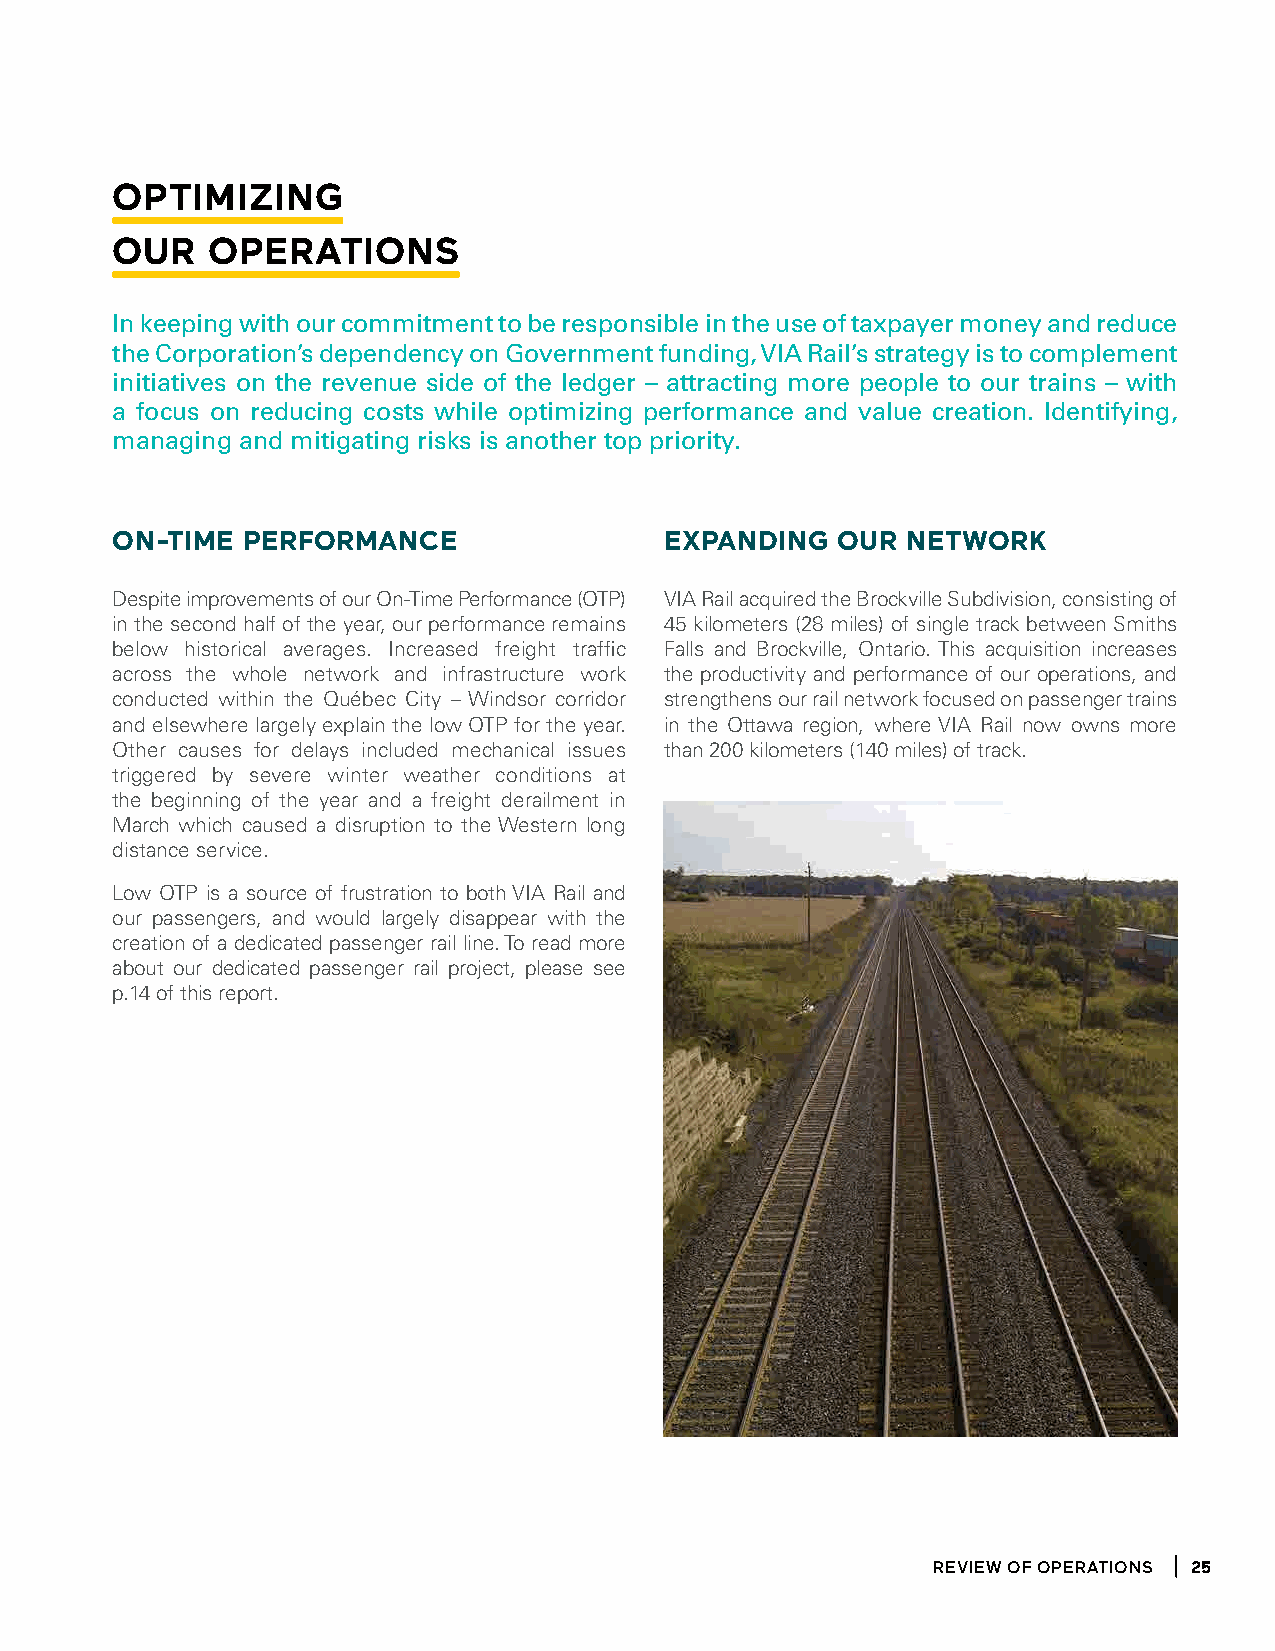
optimiZing
 our    operations
 In keeping with our commitment to be responsible in the use of taxpayer money and reduce
 the Corporation’s dependency on Government funding, VIA Rail’s strategy is to complement
 initiatives on the revenue side of the ledger – attracting more people to our trains – with
 a focus on reducing costs while optimizing performance and value creation. Identifying,
 managing and mitigating risks is another top priority.
 on-time  performanCe                 eXpanding  our  networK
 Despite improvements of our On-Time Performance (OTP) VIA Rail acquired the Brockville Subdivision, consisting of
 in the second half of the year, our performance remains 45 kilometers (28 miles) of single track between Smiths
 below historical averages. Increased freight traffic Falls and Brockville, Ontario. This acquisition increases
 across the whole network and infrastructure work the productivity and performance of our operations, and
 conducted within the Québec City – Windsor corridor strengthens our rail network focused on passenger trains
 and elsewhere largely explain the low OTP for the year. in the Ottawa region, where VIA Rail now owns more
 Other causes for delays included mechanical issues than 200 kilometers (140 miles) of track.
 triggered by severe winter weather conditions at
 the beginning of the year and a freight derailment in
 March which caused a disruption to the Western long
 distance service.
 Low OTP is a source of frustration to both VIA Rail and
 our passengers, and would largely disappear with the
 creation of a dedicated passenger rail line. To read more
 about our dedicated passenger rail project, please see
 p.14 of this report.
 ReView of opeRations 25